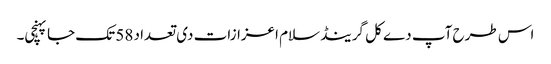
اس طرح آپ دے کل گرینڈ سلام اعزازات د‏‏ی تعداد 58 تک جا پہنچی۔